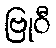
ဗြုဝီ